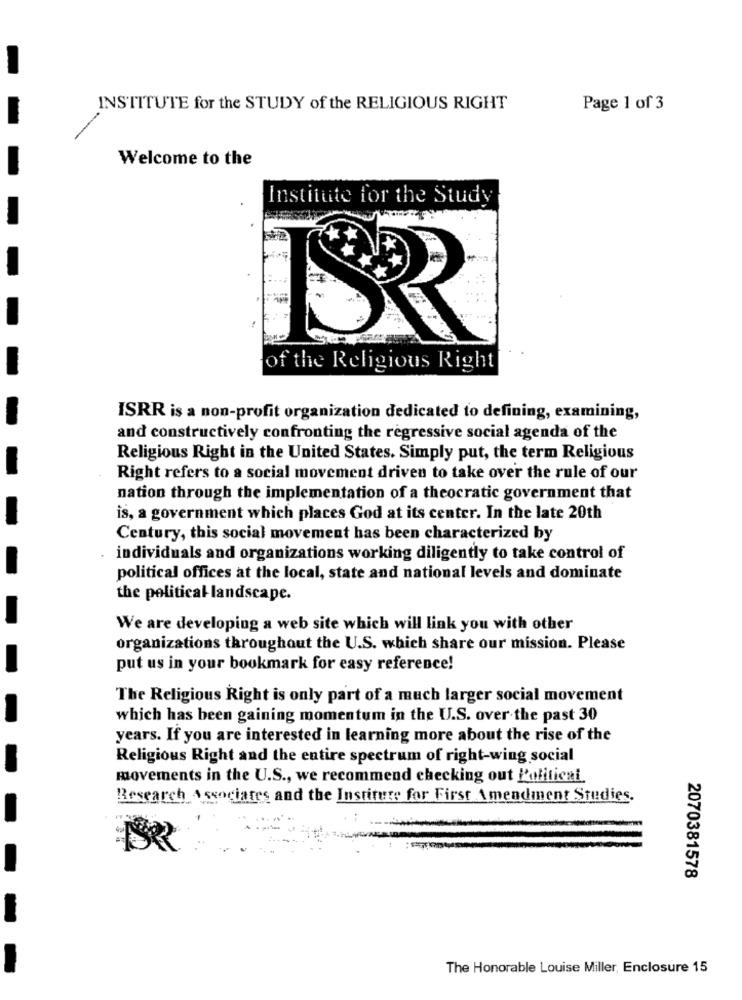
INSTITUTE for the STUDY of the RELIGIOUS RIGHT
Page 1 of 3
Welcome to the
Institute for the Study
of the Religious Right
ISRR is a non-profit organization dedicated to defining, examining,
and constructively confronting the regressive social agenda of the
Religious Right in the United States. Simply put, the term Religious
Right refers to a social movement driven to take over the rule of our
nation through the implementation of a theocratic government that
is, a government which places God at its center. In the late 20th
Century, this social movement has been characterized by
individuals and organizations working diligently to take control of
political offices at the local, state and national levels and dominate
the political landscape.
We are developing a web site which will link you with other
organizations throughout the U.S. which share our mission. Please
put us in your bookmark for easy reference!
The Religious Right is only part of a much larger social movement
which has been gaining momentum in the U.S. over the past 30
years. If you are interested in learning more about the rise of the
Religious Right and the entire spectrum of right-wing social
movements in the U.S ., we recommend checking out Political.
Research Associates and the Institute for First Amendment Studies.
2070381578
The Honorable Louise Miller, Enclosure 15